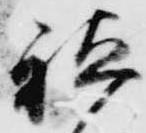
祗